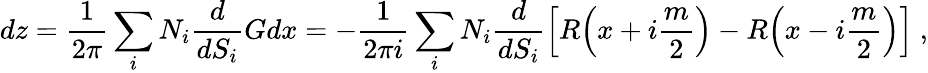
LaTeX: dz=\frac{1}{2\pi}\sum_{i}N_{i}\frac{d}{dS_{i}}Gdx=-\frac{1}{2\pi i}\sum_{i}N_{i}\frac{d}{dS_{i}}\Big[R\Big(x+i\frac{m}{2}\Big)-R\Big(x-i\frac{m}{2}\Big)\Big]\ ,